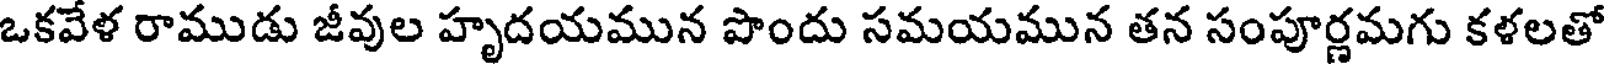
ఒకవేళ రాముడు జీవుల హృదయమున పొందు సమయమున తన సంపూర్ణమగు కళలతో